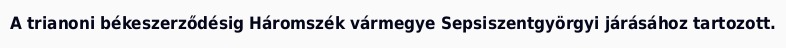
A trianoni békeszerződésig Háromszék vármegye Sepsiszentgyörgyi járásához tartozott.